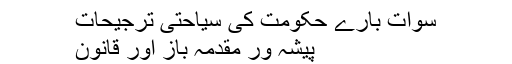
سوات بارے حکومت کی سیاحتی ترجیحات
پیشہ ور مقدمہ باز اور قانون